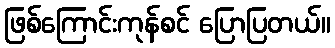
ဖြစ်ကြောင်းကုန်စင် ပြောပြတယ်။